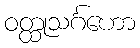
ဝတ္ထုသင်္ဂဟော